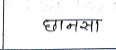
मजकूर: छानसा